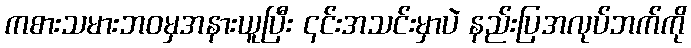
ကစားသမားဘဝမှအနားယူပြီး ၎င်းအသင်းမှာပဲ နည်းပြအလုပ်ဘက်ကို